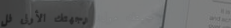
جبتك مول: وجهتك الأولى لل